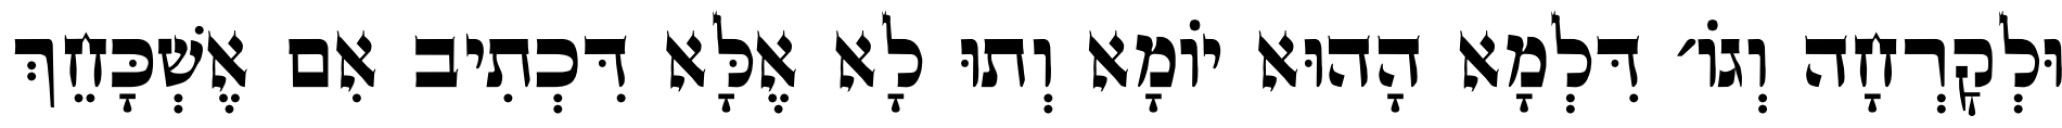
וּלְקׇרְחָה וְגוֹ׳ דִּלְמָא הָהוּא יוֹמָא וְתוּ לָא אֶלָּא דִּכְתִיב אִם אֶשְׁכָּחֵךְ